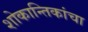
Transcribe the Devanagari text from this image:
शोकान्तिकांचा